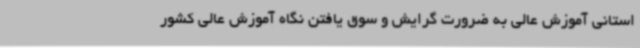
استانی آموزش عالی به ضرورت گرایش و سوق یافتن نگاه آموزش عالی کشور